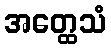
အတ္ထေသံ